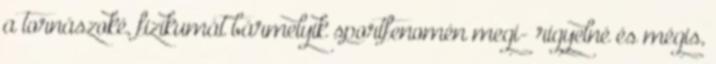
a tornászoké, fizikumát bármelyik sportfenomén megi- rigyelné és mégis,